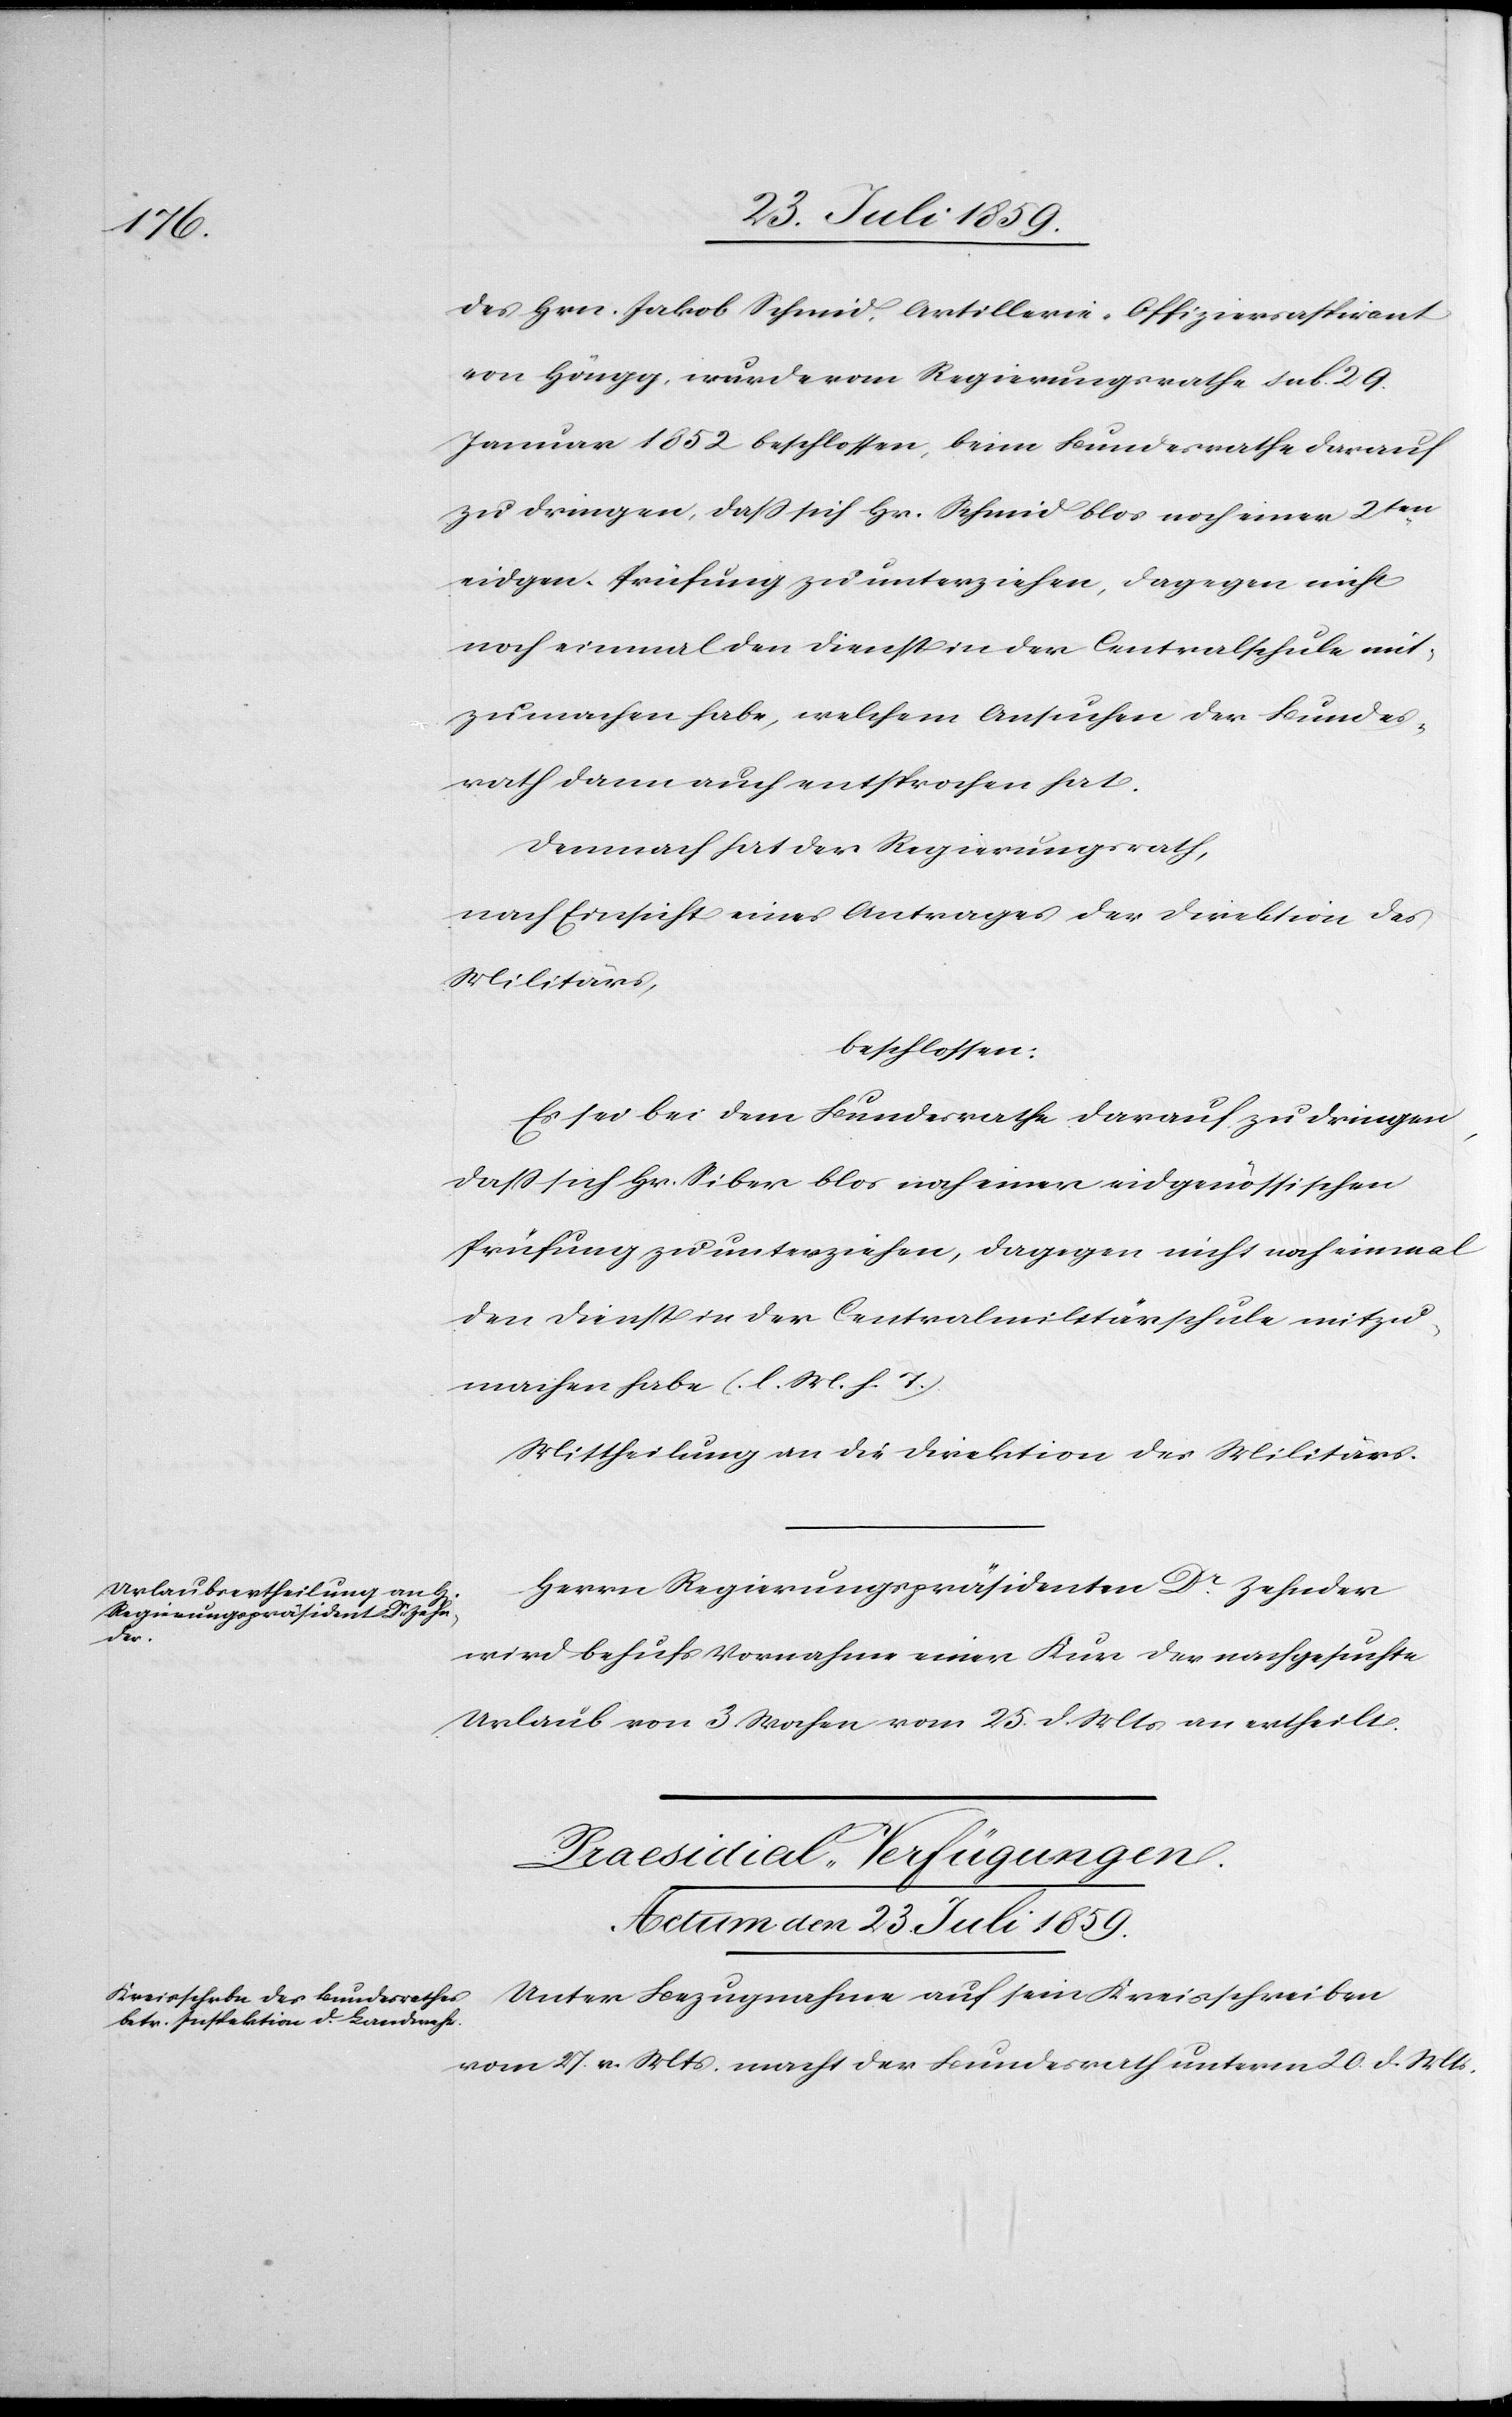
des Hrn. Jakob Schmid, Artillerie-Offiziersaspirant
von Höngg, wurde vom Regierungsrathe sub. 29.
Januar 1852 beschlossen, beim Bundesrathe darauf
zu dringen, daß sich Hr. Schmid blos noch einer 2ten.
eidgen. Prüfung zu unterziehen, dagegen nicht
noch einmal den Dienst in der Centralschule mit¬
zumachen habe, welchem Ansuchen der Bundes¬
rath dann auch entsprochen hat.
Demnach hat der Regierungsrath,
nach Einsicht eines Antrages der Direktion des
Militärs,
beschlossen:
Es sei bei dem Bundesrathe darauf zu dringen,
daß sich Hr. Siber blos noch einer eidgenössischen
Prüfung zu unterziehen, dagegen nicht noch einmal
den Dienst der Centralmilitärschule mitzu¬
machen habe (l. M. h. T.)
Mittheilung an die Direktion des Militärs.
Herrn Regierungspräsident Dr. Zehnder
wird behufs Vornahme einer Kur der nachgesuchte
Urlaub von 3 Wochen vom 25. d. Mts. an ertheilt.
Praesidial-Verfügungen.
Actum den 23. Juli 1859.
Unter Bezugnahme auf sein Kreisschreiben
vom 27. v. Mts. macht der Bundesrath unterm 20. d. Mts.